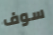
سوف